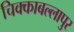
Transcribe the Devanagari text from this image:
चिक्काबल्लापुर